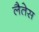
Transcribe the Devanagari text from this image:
लैतेस